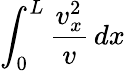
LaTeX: \int_{0}^{L}{\frac{v_{x}^{2}}{v}\, dx}